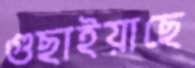
গুছাইয়াছে